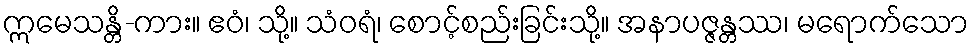
ဣမေသန္တိ-ကား။ ဧဝံ၊ သို့။ သံဝရံ၊ စောင့်စည်းခြင်းသို့။ အနာပဇ္ဇန္တဿ၊ မရောက်သော